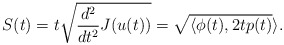
\begin{align*} S(t) = t \sqrt{ \frac{d^2}{dt^2}J(u(t)) } = \sqrt{\langle \phi(t), 2 t p(t)} \rangle.\end{align*}